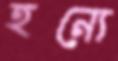
হন্যে